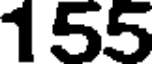
155